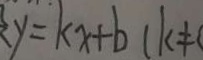
y = k x + b ( k \neq